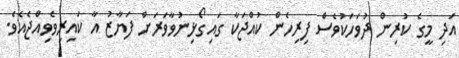
އަދި މީގެ ކުރިން ދުވަހަކުވެސް ފިރިހެން ކުއްޖަކާ ގައިގޯޅިނުވާވަރަށް ފަޔާޒު އާ ކައިރިވެވިއްޖެއެވެ.